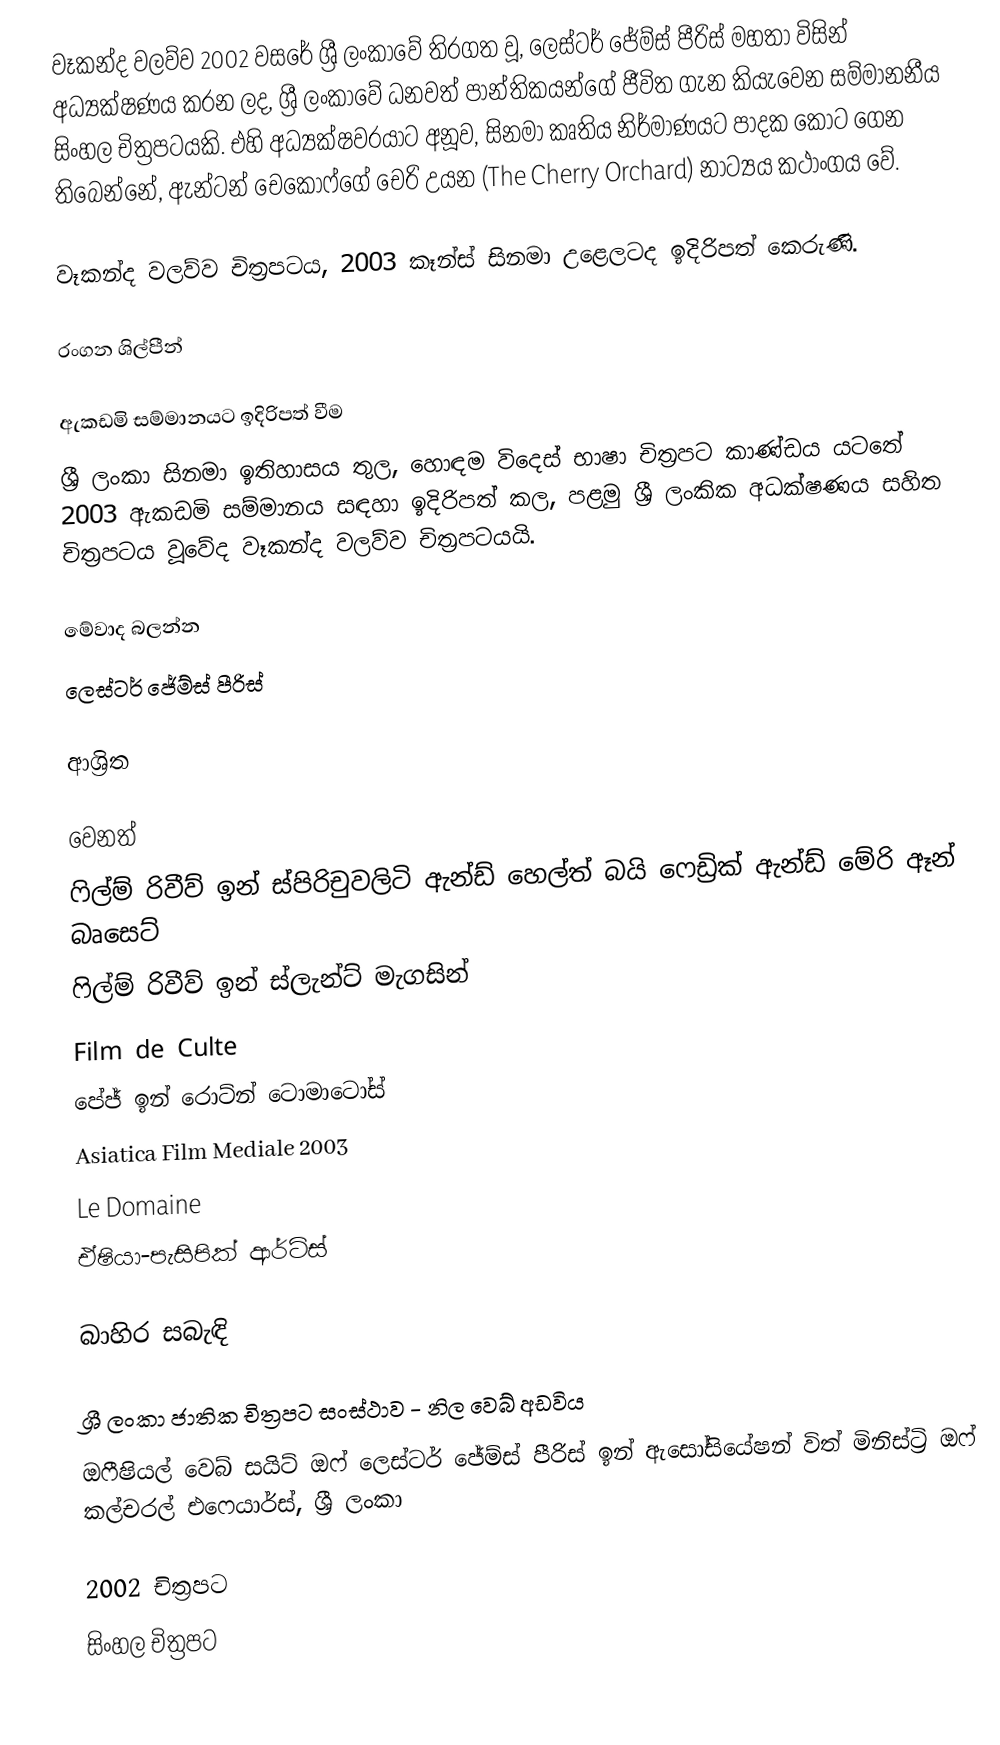
වෑකන්ද වලව්ව  2002 වසරේ ශ්‍රී ලංකාවේ තිරගත වූ, ලෙස්ටර් ජේම්ස් පීරිස් මහතා විසින් අධ්‍යක්ෂණය කරන ලද, ශ්‍රී ලංකාවේ ධනවත් පාන්තිකයන්ගේ ජීවිත ගැන කියැවෙන සම්මානනීය සිංහල චිත්‍රපටයකි. එහි අධ්‍යක්ෂවරයාට අනූව, සිනමා කෘතිය නිර්මාණයට පාදක කොට ගෙන තිබෙන්නේ, ඇන්ටන් චෙකොෆ්ගේ චෙරි උයන (The Cherry Orchard) නාට්‍යය කථාංගය වේ.

වෑකන්ද වලව්ව චිත්‍රපටය, 2003 කෑන්ස් සිනමා උළෙලටද ඉදිරිපත් කෙරුණි.

රංගන ශිල්පීන්

ඇකඩමි සම්මානයට ඉදිරිපත් වීම
ශ්‍රී ලංකා සිනමා ඉතිහාසය තුල, හොඳම විදෙස් භාෂා චිත්‍රපට කාණ්ඩය යටතේ 2003 ඇකඩමි සම්මානය සඳහා ඉදිරිපත් කල, පළමු ශ්‍රී ලංකික අධක්ෂණය සහිත චිත්‍රපටය වූවේද වෑකන්ද වලව්ව චිත්‍රපටයයි.

මේවාද බලන්න
ලෙස්ටර් ජේම්ස් පීරිස්

ආශ්‍රිත

වෙනත්
ෆිල්ම් රිවීව් ඉන් ස්පිරිචුවලිටි ඇන්ඩ් හෙල්ත් බයි ෆෙඩ්‍රික් ඇන්ඩ් මේරි ඈන් බෘසෙට්
ෆිල්ම් රිවීව් ඉන් ස්ලැන්ට් මැගසින්
Film de Culte
පේජ් ඉන් රොට්න් ටොමාටෝස්
Asiatica Film Mediale 2003
Le Domaine
ඒෂියා-පැසිපික් ආර්ට්ස්

බාහිර සබැඳි

ශ්‍රී ලංකා ජාතික චිත්‍රපට සංස්ථාව - නිල වෙබ් අඩවිය
ඔෆීෂියල් වෙබ් සයිට් ඔෆ් ලෙස්ටර් ජේම්ස් පීරිස් ඉන් ඇසෝසියේෂන් විත් මිනිස්ට්‍රි ඔෆ් කල්චරල් එෆෙයාර්ස්, ශ්‍රී ලංකා

2002 චිත්‍රපට
සිංහල චිත්‍රපට